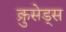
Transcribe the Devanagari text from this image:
क्रुसेड्स